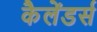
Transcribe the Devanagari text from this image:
कैलेंडर्स